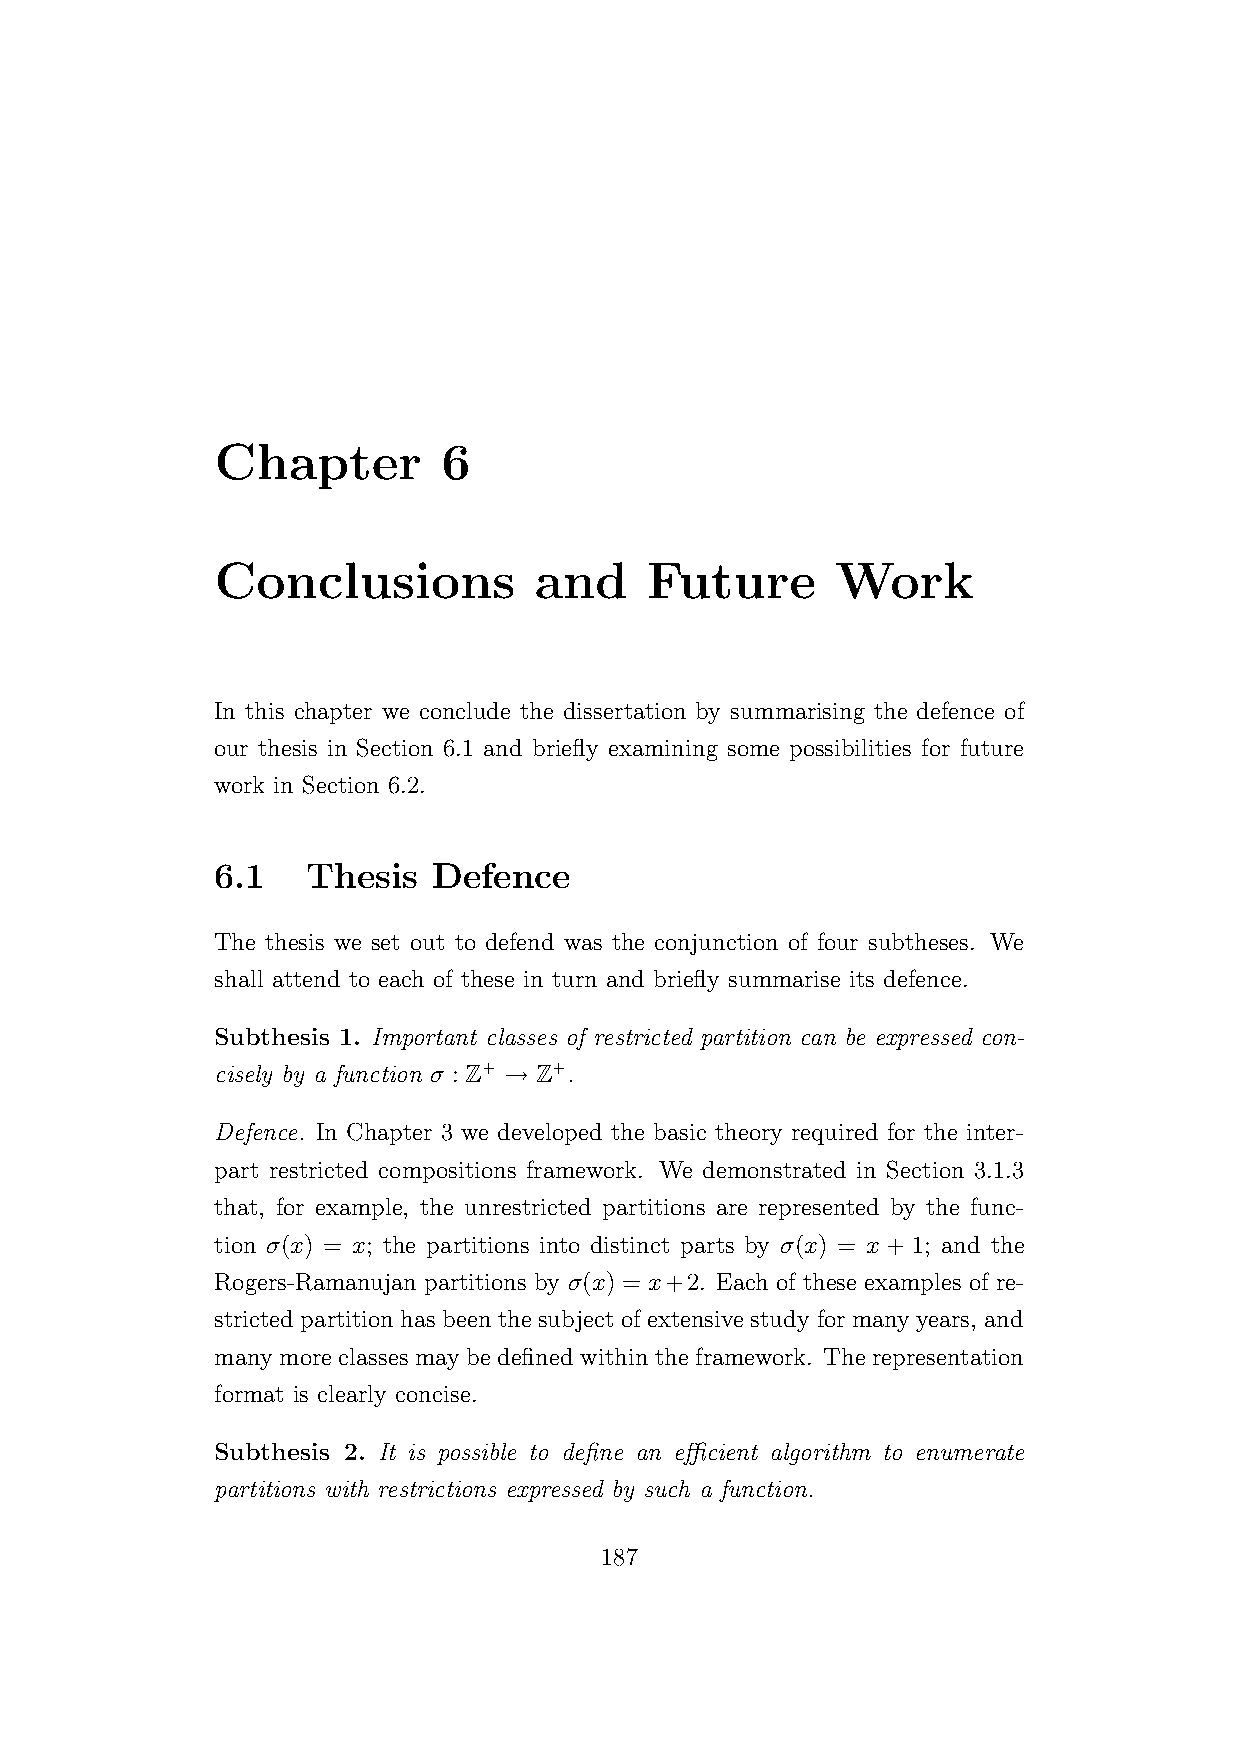
Chapter        6
 Conclusions          and     Future      Work
 In this chapter we conclude the dissertation by summarising the defence of
 our thesis in Section 6.1 and briefly examining some possibilities for future
 work in Section 6.2.
 6.1   Thesis   Defence
 The thesis we set out to defend was the conjunction of four subtheses. We
 shall attend to each of these in turn and briefly summarise its defence.
 Subthesis 1. Important classes of restricted partition can be expressed con-
 cisely by a function σ : Z+ → Z+.
 Defence. In Chapter 3 we developed the basic theory required for the inter-
 part restricted compositions framework. We demonstrated in Section 3.1.3
 that, for example, the unrestricted partitions are represented by the func-
 tion σ(x) = x; the partitions into distinct parts by σ(x) = x + 1; and the
 Rogers-Ramanujan partitions by σ(x) = x+2. Each of these examples of re-
 stricted partition has been the subject of extensive study for many years, and
 many more classes may be defined within the framework. The representation
 format is clearly concise.
 Subthesis 2. It is possible to define an efficient algorithm to enumerate
 partitions with restrictions expressed by such a function.
 187